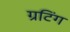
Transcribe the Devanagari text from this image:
ग्रटिंग